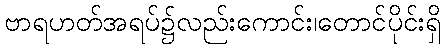
ဗာရဟတ်အရပ်၌လည်းကောင်း၊တောင်ပိုင်းရှိ